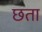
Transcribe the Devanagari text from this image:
छता